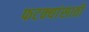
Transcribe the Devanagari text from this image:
फटक्यांसाठी